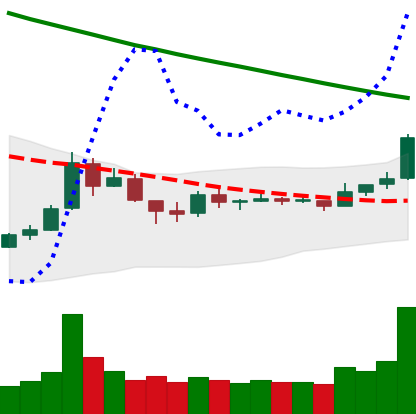
Ticker: TRX-USD
Chart end date: 2018-10-07
Forward return: -15.394%
Label: down_7plus